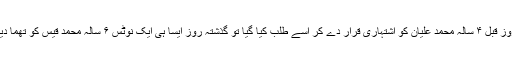
دو روز قبل ۴ سالہ محمد علیان کو اشتہاری قرار دے کر اسے طلب کیا گیا تو گذشتہ روز ایسا ہی ایک نوٹس ۶ سالہ محمد قیس کو تھما دیا گیا۔